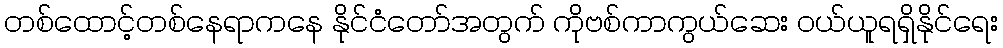
တစ်ထောင့်တစ်နေရာကနေ နိုင်ငံတော်အတွက် ကိုဗစ်ကာကွယ်ဆေး ဝယ်ယူရရှိနိုင်ရေး